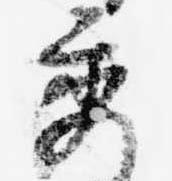
秀